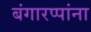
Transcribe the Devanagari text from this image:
बंगारप्पांना